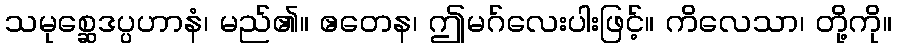
သမုစ္ဆေဒပ္ပဟာနံ၊ မည်၏။ ဧတေန၊ ဤမဂ်လေးပါးဖြင့်။ ကိလေသာ၊ တို့ကို။